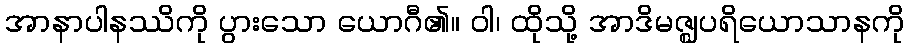
အာနာပါနဿိကို ပွားသော ယောဂီ၏။ ဝါ၊ ထိုသို့ အာဒိမဇ္ဈပရိယောသာနကို